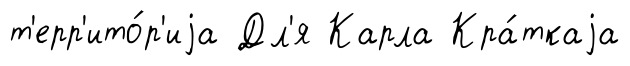
т'ерр'ито́р'иjа Дл'я Карла Кра́ткаjа